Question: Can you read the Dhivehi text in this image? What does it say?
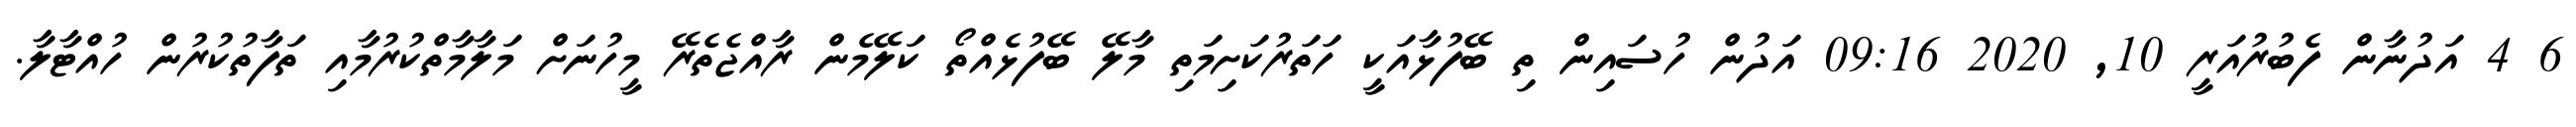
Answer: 6 4 އަދުނާން ފެބުރުއަރީ 10, 2020 09:16 އަދުން ހުސައިން ތި ބޭފުޅާއަކީ ހަތަރުކަށިމަތި މާލޭ ބޭފުޅެއްތޯ ކަލޭމެން ރާއްޖެތެރޭ މީހުނަށް މަލާމާތްކުރުމާއި ތަފާތުކުރުން ހުއްޓާލާ.